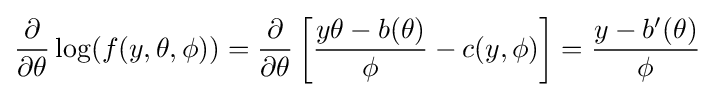
{\frac {\partial }{\partial \theta }}\log(f(y,\theta ,\phi ))={\frac {\partial }{\partial \theta }}\left[{\frac {y\theta -b(\theta )}{\phi }}-c(y,\phi )\right]={\frac {y-b'(\theta )}{\phi }}